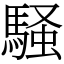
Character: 騒